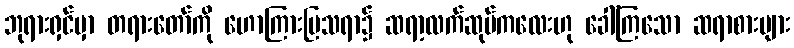
ဘုရားရှင်မှာ တရားတော်ကို ဟောကြားပြသရာ၌ ဆရာ့လက်ဆုပ်ကလေးဟု ခေါ်ကြသော ဆရာစားများ